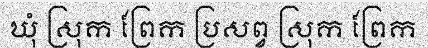
ឃុំ ស្រុក ព្រែក ប្រសព្វ ស្រុក ព្រែក